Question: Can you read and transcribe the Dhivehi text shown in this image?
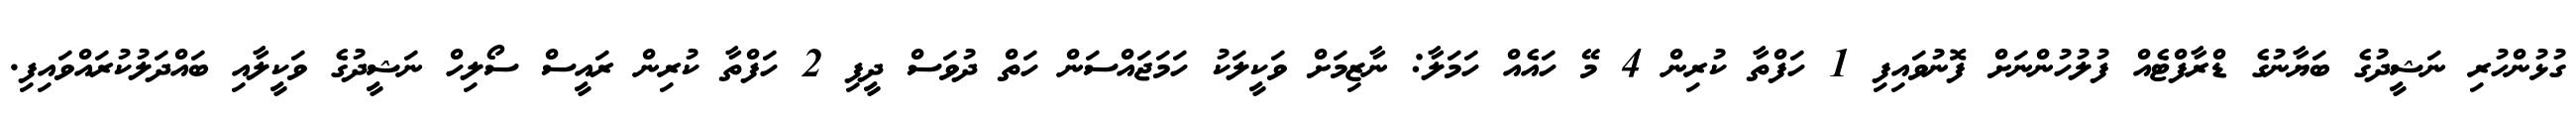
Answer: ގުޅުންހުރި ނަޝީދުގެ ބަޔާނުގެ ޑްރާފްޓެއް ފުލުހުންނަށް ފޮނުވައިފި 1 ހަފްތާ ކުރިން 4 މޭ ހައެއް ހަމަލާ: ނާޒިމަށް ވަކީލަކު ހަމަޖައްސަން ހަތް ދުވަސް ދީފި 2 ހަފްތާ ކުރިން ރައީސް ސޯލިހް ނަޝީދުގެ ވަކީލާއި ބައްދަލުކުރައްވައިފި.